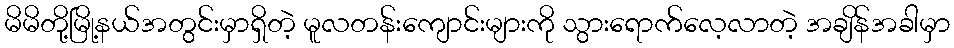
မိမိတို့မြို့နယ်အတွင်းမှာရှိတဲ့ မူလတန်းကျောင်းများကို သွားရောက်လေ့လာတဲ့ အချိန်အခါမှာ